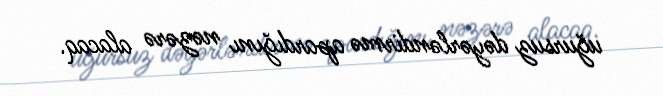
uğursuz dəyərləndirmə apardığını nəzərə alacaq.